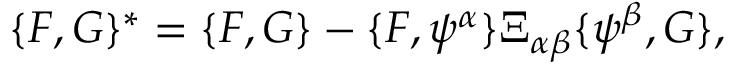
\{ F , G \} ^ { * } = \{ F , G \} - \{ F , \psi ^ { \alpha } \} \Xi _ { \alpha \beta } \{ \psi ^ { \beta } , G \} ,